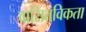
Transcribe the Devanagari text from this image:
वासितविकता